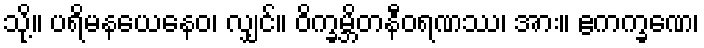
သို့။ ပရိမနယေနေဝ၊ လျှင်။ ဝိက္ခမ္ဘိတနီဝရဏဿ၊ အား။ ဧကက္ခဏေ၊